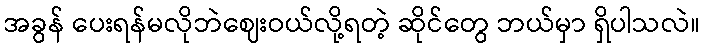
အခွန် ပေးရန်မလိုဘဲဈေးဝယ်လို့ရတဲ့ ဆိုင်တွေ ဘယ်မှာ ရှိပါသလဲ။